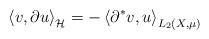
\begin{align*}\left\langle v, \partial u\right\rangle_{\mathcal{H}}=-\left\langle \partial^\ast v,u\right\rangle_{L_2(X,\mu)}\end{align*}